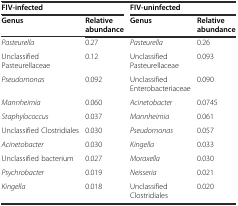
<table><thead><tr><td colspan="2"><b>FIV-infected</b></td><td colspan="2"><b>FIV-uninfected</b></td></tr><tr><td><b>Genus</b></td><td><b>Relative abundance</b></td><td><b>Genus</b></td><td><b>Relative abundance</b></td></tr></thead><tbody><tr><td><i>Pasteurella</i></td><td>0.27</td><td><i>Pasteurella</i></td><td>0.26</td></tr><tr><td>Unclassified Pasteurellaceae</td><td>0.12</td><td>Unclassified Pasteurellaceae</td><td>0.093</td></tr><tr><td><i>Pseudomonas</i></td><td>0.092</td><td>Unclassified Enterobacteriaceae</td><td>0.090</td></tr><tr><td><i>Mannheimia</i></td><td>0.060</td><td><i>Acinetobacter</i></td><td>0.0745</td></tr><tr><td><i>Staphylococcus</i></td><td>0.037</td><td><i>Mannheimia</i></td><td>0.061</td></tr><tr><td>Unclassified Clostridiales</td><td>0.030</td><td><i>Pseudomonas</i></td><td>0.057</td></tr><tr><td><i>Acinetobacter</i></td><td>0.030</td><td><i>Kingella</i></td><td>0.033</td></tr><tr><td>Unclassified bacterium</td><td>0.027</td><td><i>Moraxella</i></td><td>0.030</td></tr><tr><td><i>Psychrobacter</i></td><td>0.019</td><td><i>Neisseria</i></td><td>0.021</td></tr><tr><td><i>Kingella</i></td><td>0.018</td><td>Unclassified Clostridiales</td><td>0.020</td></tr></tbody></table>